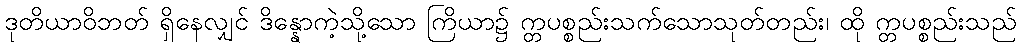
ဒုတိယာဝိဘတ် ရှိနေလျှင် ဒိန္နောကဲ့သို့သော ကြိယာ၌ က္တပစ္စည်းသက်သောသုတ်တည်း၊ ထို က္တပစ္စည်းသည်